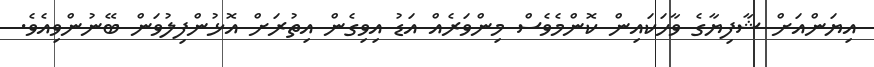
އިޔަންއަށް ޝާފިޔާގެ ވާހަކައިން ކޮންމެވެސް މިންވަރެއް އަޑު އިވިގެން އިތުރަށް އޮޅުންފިލުވަން ބޭނުންވިއެވެ.